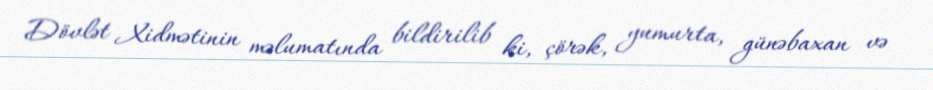
Dövlət Xidmətinin məlumatında bildirilib ki, çörək, yumurta, günəbaxan və